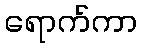
ရောက်ကာ